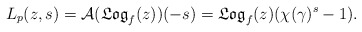
\begin{align*}L_p(z,s)=\mathcal A (\frak{Log}_{f}(z))(-s)=\frak{Log}_{f}(z)(\chi (\gamma)^s-1). \end{align*}